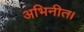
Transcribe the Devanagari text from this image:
अभिनीत।